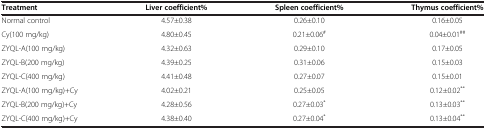
<table><thead><tr><td><b>Treatment</b></td><td><b>Liver coefficient%</b></td><td><b>Spleen coefficient%</b></td><td><b>Thymus coefficient%</b></td></tr></thead><tbody><tr><td>Normal control</td><td>4.57±0.38</td><td>0.26±0.10</td><td>0.16±0.05</td></tr><tr><td>Cy(100 mg/kg)</td><td>4.80±0.45</td><td>0.21±0.06<sup>#</sup></td><td>0.04±0.01<sup>##</sup></td></tr><tr><td>ZYQL-A(100 mg/kg)</td><td>4.32±0.63</td><td>0.29±0.10</td><td>0.17±0.05</td></tr><tr><td>ZYQL-B(200 mg/kg)</td><td>4.39±0.25</td><td>0.31±0.06</td><td>0.15±0.03</td></tr><tr><td>ZYQL-C(400 mg/kg)</td><td>4.41±0.48</td><td>0.27±0.07</td><td>0.15±0.01</td></tr><tr><td>ZYQL-A(100 mg/kg)+Cy</td><td>4.02±0.21</td><td>0.25±0.05</td><td>0.12±0.02<sup>**</sup></td></tr><tr><td>ZYQL-B(200 mg/kg)+Cy</td><td>4.28±0.56</td><td>0.27±0.03<sup>*</sup></td><td>0.13±0.03<sup>**</sup></td></tr><tr><td>ZYQL-C(400 mg/kg)+Cy</td><td>4.38±0.40</td><td>0.27±0.04<sup>*</sup></td><td>0.13±0.04<sup>**</sup></td></tr></tbody></table>